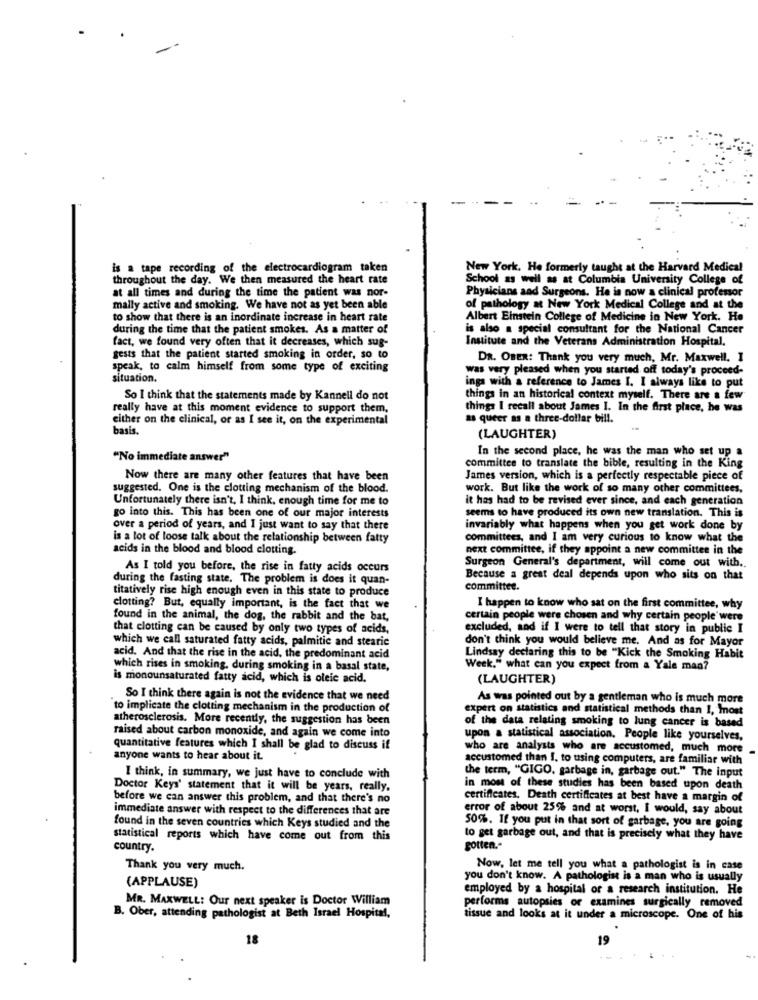
is a tape recording of the electrocardiogram taken
New York, He formerly taught at the Harvard Medical
throughout the day. We then measured the heart rate
School as well as at Columbia University College of
at all times and during the time the patient was nor-
Physicians and Surgeons. He is now a clinical professor
mally active and smoking. We have not as yet been able
of pathology at New York Medical College and at the
to show that there is an inordinate increase in heart rate
Albert Einstein College of Medicine in New York. He
during the time that the patient smokes. As a matter of
is also a special consultant for the National Cancer
fact, we found very often that it decreases, which sug-
Institute and the Veterans Administration Hospital.
gests that the patient started smoking in order, so to
DR. OBER: Thank you very much, Mr. Maxwell, 1
speak, to calm himself from some type of exciting
was very pleased when you started off today's proceed-
situation.
ings with a reference to James I. I always like to put
So I think that the statements made by Kannell do not
things in an historical context myself. There are a few
really have at this moment evidence to support them,
things I recall about James 1. In the first place, he was
either on the clinical, or as I see it, on the experimental
as queer as a three-dollar bill.
basis.
(LAUGHTER)
In the second place, he was the man who set up a
"No immediate answer"
committee to translate the bible, resulting in the King
Now there are many other features that have been
James version, which is a perfectly respectable piece of
suggested. One is the clotting mechanism of the blood.
work. But like the work of so many other committees,
Unfortunately there isn't, I think, enough time for me to
it has had to be revised ever since, and each generation
seems to have produced its own new translation. This is
go into this. This has been one of our major interests
over a period of years, and I just want to say that there
invariably what happens when you get work done by
is a lot of loose talk about the relationship between fatty
committees, and I am very curious to know what the
acids in the blood and blood clotting.
next committee, if they appoint a new committee in the
Surgeon General's department, will come out with ..
As I told you before, the rise in fatty acids occurs
during the fasting state. The problem is does it quan-
Because a great deal depends upon who sits on that
titatively rise high enough even in this state to produce
committee.
clotting? But, equally important, is the fact that we
I happen to know who sat on the first committee, why
found in the animal, the dog, the rabbit and the bat,
certain people were chosen and why certain people were
that clotting can be caused by only two types of acids,
excluded, and if I were to tell that story in public I
which we call saturated fatty acids, palmitic and stearic
don't think you would believe me. And as for Mayor
Lindsay declaring this to be "Kick the Smoking Habit
acid, And that the rise in the acid, the predominant acid
which rises in smoking. during smoking in a basal state,
Week." what can you expect from a Yale man?
is monounsaturated fatty acid, which is oleic acid,
(LAUGHTER)
So I think there again is not the evidence that we need
As was pointed out by a gentleman who is much more
to implicate the clotting mechanism in the production of
expert on statistics and statistical methods than 1, Inost
atherosclerosis. More recently, the suggestion has been
of the data relating smoking to lung cancer is based
raised about carbon monoxide, and again we come into
upon a statistical association. People like yourselves,
quantitative features which I shall be glad to discuss if
who are analysts who are accustomed, much more
anyone wants to hear about it.
accustomed than I. to using computers, are familiar with
the term, "GIGO, garbage in, garbage out." The input
I think, in summary, we just have to conclude with
Doctor Keys' statement that it will be years, really.
in most of these studies has been based upon death
before we can answer this problem, and that there's no
certificates. Death certificates at best have a margin of
immediate answer with respect to the differences that are
error of about 25% and at worst, I would, say about
found in the seven countries which Keys studied and the
50%. If you put in that sort of garbage, you are going
statistical reports which have come out from this
to get garbage out, and that is precisely what they have
country.
gotten .-
Thank you very much.
Now, let me tell you what a pathologist is in case
(APPLAUSE)
you don't know. A pathologist is a man who is usually
employed by a hospital or a research institution. He
MR. MAXWELL: Our next speaker is Doctor William
performs autopsies or examines surgically removed
B. Ober, attending pathologist at Beth Israel Hospital,
tissue and looks at it under a microscope. One of his
18
19